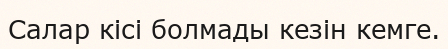
Салар кісі болмады кезін кемге.